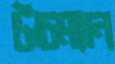
টাচম্যান